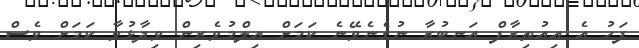
ފަހު އެ އިއުތިރާފް އަނބުރާ ނުގެނެވޭނެ ކަމަށް އިލްމުވެރިން ވިދާޅުވާ ކަމަށް ވެސް